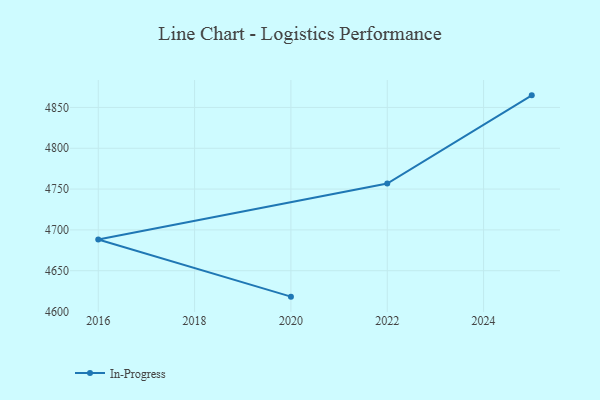
{"axis": {"x": "Year", "y": "Demand Index"}, "legend": ["In-Progress"], "data": [{"x": "2020", "y": 4618.2, "type": "In-Progress"}, {"x": "2016", "y": 4688.3, "type": "In-Progress"}, {"x": "2022", "y": 4756.8, "type": "In-Progress"}, {"x": "2025", "y": 4864.8, "type": "In-Progress"}]}